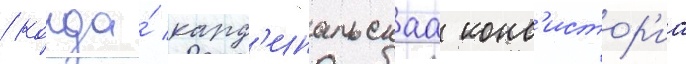
/ когда́ кард'инальскаа конс'истор'иа